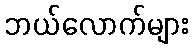
ဘယ်လောက်များ